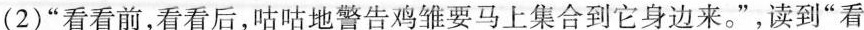
(2)”看看前，看看后，咕咕地警告鸡雏要马上集合到它身边来。”，读到”看